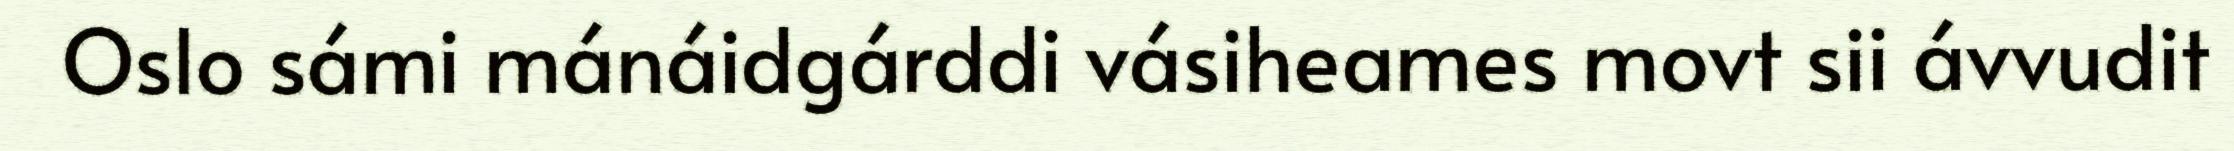
Oslo sámi mánáidgárddi vásiheames movt sii ávvudit